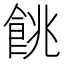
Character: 餆